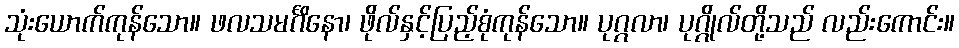
သုံးယောက်ကုန်သော။ ဖလသမင်္ဂိနော၊ ဖိုလ်နှင့်ပြည့်စုံကုန်သော။ ပုဂ္ဂလာ၊ ပုဂ္ဂိုလ်တို့သည် လည်းကောင်း။